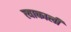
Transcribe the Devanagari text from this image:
त्याकाली